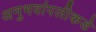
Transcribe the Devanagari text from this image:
अनुभवांपलीकडे